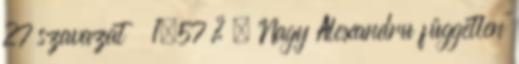
27 szavazat 1,57 % – Nagy Alexandru független